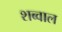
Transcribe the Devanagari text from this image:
शब्वाल